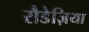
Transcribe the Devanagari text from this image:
रौडेज़िया